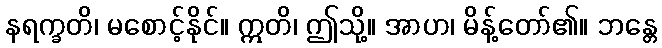
နရက္ခတိ၊ မစောင့်နိုင်။ ဣတိ၊ ဤသို့။ အာဟ၊ မိန့်တော်၏။ ဘန္တေ